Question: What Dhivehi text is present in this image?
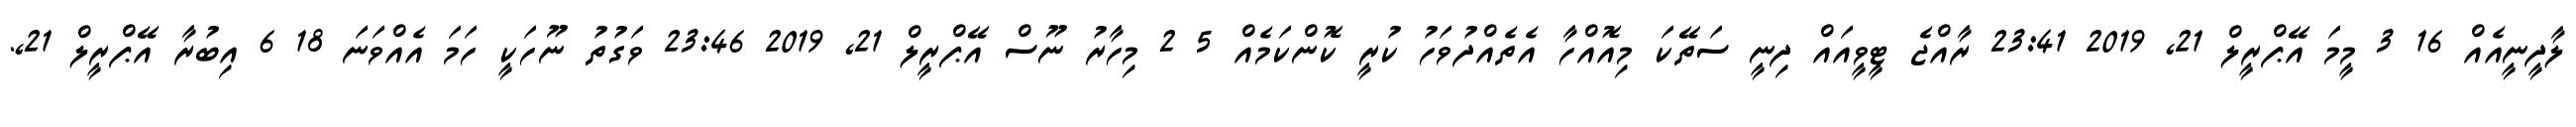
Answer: ލާދީނީއެއް 16 3 މީމަ އޭޕްރީލް 21, 2019 23:41 ރާއްޖެ ޓީވީއައް ދިނީ ސަތޭކަ މިއޮއްހާ އެތެއްދުވަހު ކުރީ ކޮންކަމެއް 5 2 މިހާރު ނޫސް އޭޕްރީލް 21, 2019 23:46 ވަގުތު ނޫހަކީ ހަމަ އެއްވަނަ 18 6 އިބުރާ އޭޕްރީލް 21,.